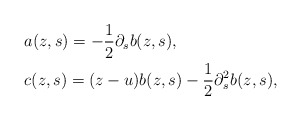
\begin{align*}&a(z,s) = -\frac{1}{2} \partial_s b(z,s),\\&c(z,s) = (z-u) b(z,s) - \frac{1}{2} \partial_s^2 b(z,s),\end{align*}